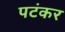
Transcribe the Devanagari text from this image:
पटंकर